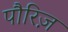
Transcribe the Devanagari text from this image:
पौरिज़